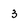
Character: 3